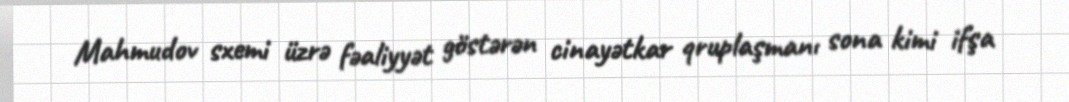
Mahmudov sxemi üzrə fəaliyyət göstərən cinayətkar qruplaşmanı sona kimi ifşa